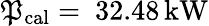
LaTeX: \mathfrak{P}_{\mathrm{{cal}}}=~32.48\, \mathrm{{kW}}